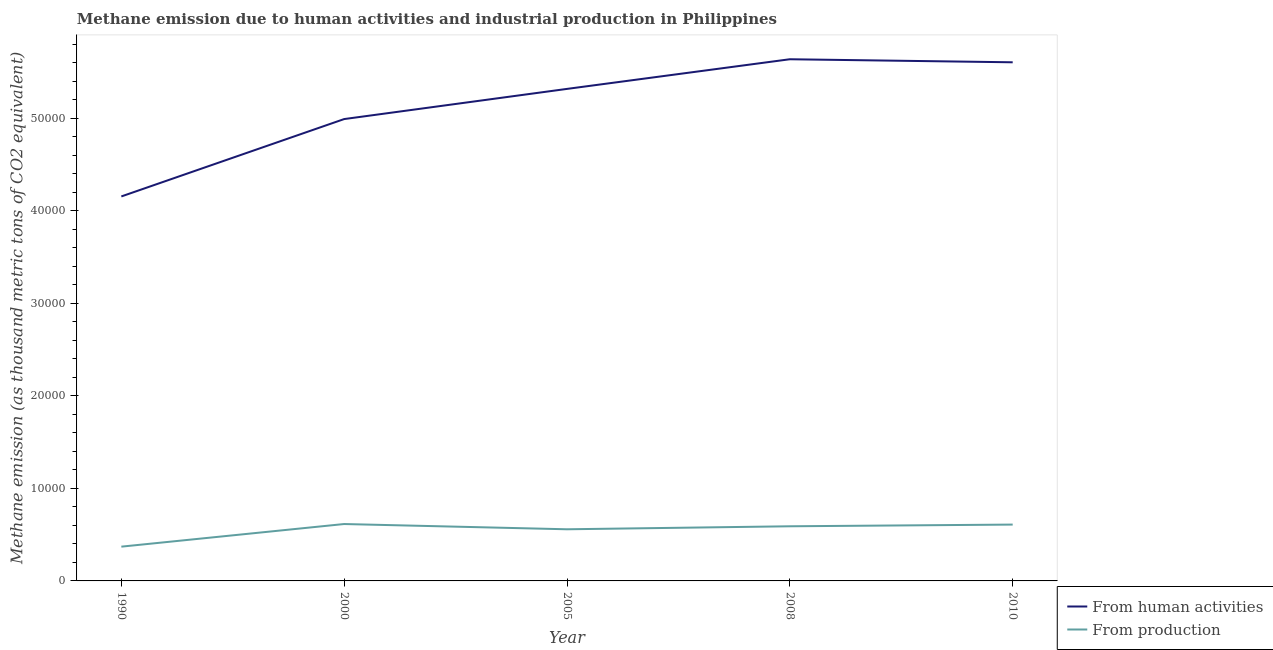
| Year | From human activities | From production |
 | --- | --- | --- |
 | 1990 | 4.16e+04 | 3.7e+03 |
 | 2000 | 4.99e+04 | 6.15e+03 |
 | 2005 | 5.32e+04 | 5.58e+03 |
 | 2008 | 5.64e+04 | 5.91e+03 |
 | 2010 | 5.6e+04 | 6.09e+03 |